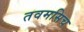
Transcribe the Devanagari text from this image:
तवमसिच